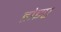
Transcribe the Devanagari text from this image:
होइए